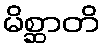
မိစ္ဆာတိ